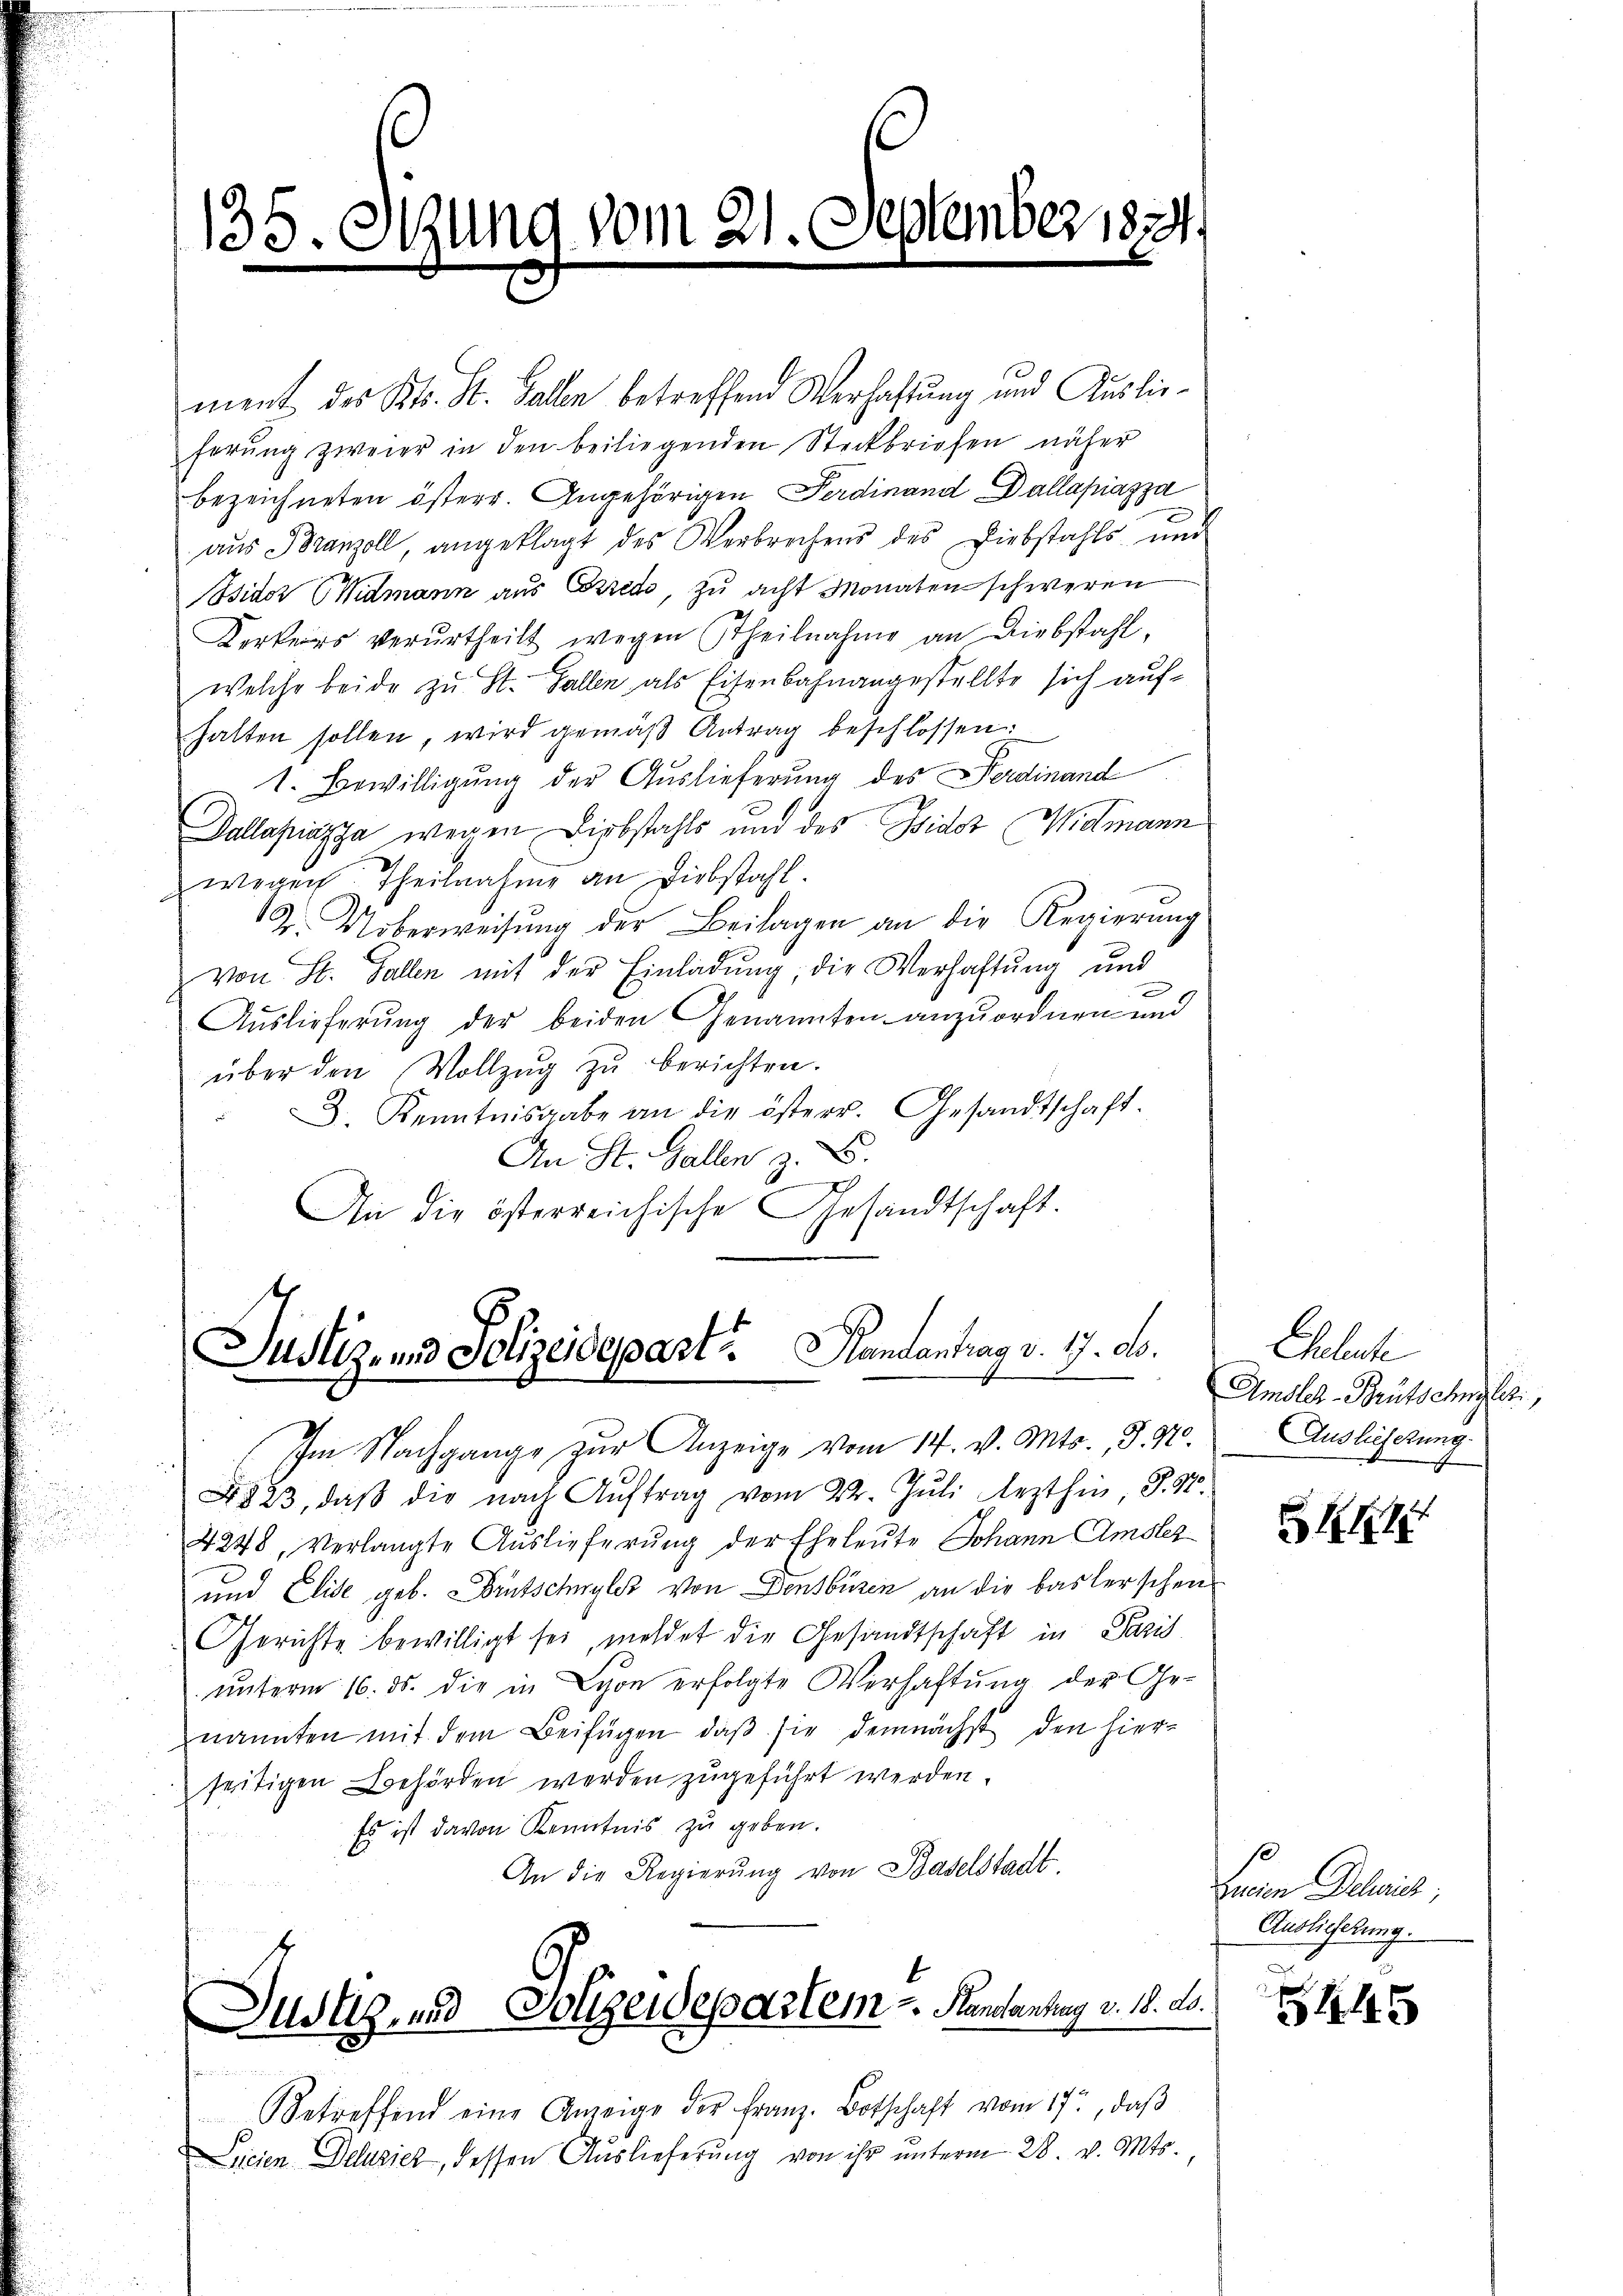
135. Otzung vom 21. September 1824

ment des Kts. St. Gallen betreffend Verhaftung und Auslieferŭng zweier in den beiliegenden Steckbriefen näher
bezeichneten österr. Angehörigen Ferdinand Dallapiazza
aŭs Branzoll angeklagt des Verbrechens des Diebstahls und
sidor (Widmann aus Credo, zu acht Monaten schweren
Kerkers verurtheilt wegen Theilnahme an Diebstahl,
welche beide zu St. Gallen als Eisenbahnangestellte sich auf-
halten sollen, wird gemäβ Antrag beschlossen:
1. Bewilligung der Auslieferung des Ferdinand
Dallapiazza wegen Liebstahls und des Wider Widmann
wegen Theilnahme an Diebstahl.
2. Noberweisŭng der Beilagen an die Regierung
von St. Gallen mit der Einladung, die Verhaftung und
Auslieferung der beiden Genannten anzuordnen und
über den Vollzŭg zŭ berichten.
D. Kenntnisgabe an die österr. Gesandtschaft.
An St. Gallen z. B.
J
An die österreichische Gesandtschaft.

Justiz- und Polizeidepart Handantrag v. 17. ds.
Im Nachgange zŭr Anzeige vom 14. v. Mts., S. 470.

823, daß die nach Auftrag vom 22. Juli lezthin P. Nr.
4248, verlangte Auslieferung der Eheleute Johann Amsler
und Elise geb. Brutschwyler von Densbüren an die baslerschen
Gerichte bewilligt sei, meldet die Gesandtschaft in Paris
unterm 16. ds. die in Schon erfolgte Verhaftung der Ge-
nannten mit dem Beifügen, daß sie demnächst den hierseitigen Behörden werden zugeführt werden.
Es ist davon Kenntnis zu geben.
An die Regierŭng von Baselstadt.
Justizend Polizeidepartem Mandantung v. 18. d.

Betreffend eine Anzeige der Franz-Botschaft vom 17., daβ
Sieien Delusiez, dessen Auslieferung von ihr unterm 28. v. Mts.,

Eheleute
Amsler-Brütschylit.
Auslieferung.

111

10
Facien Delich;
Auslieferung.

5445